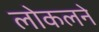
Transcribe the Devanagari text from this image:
लोकलने